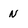
Character: N